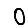
Digit: 0